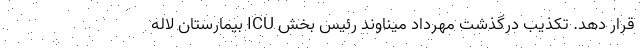
قرار دهد. تکذیب درگذشت مهرداد میناوند رئیس بخش ICU بیمارستان لاله